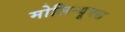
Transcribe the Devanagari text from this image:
मोलिन्यूक्स